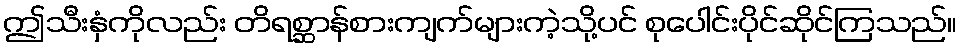
ဤသီးနှံကိုလည်း တိရစ္ဆာန်စားကျက်များကဲ့သို့ပင် စုပေါင်းပိုင်ဆိုင်ကြသည်။